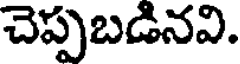
చెప్పబడినవి.